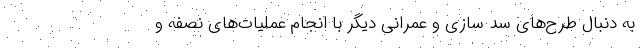
به دنبال طرح‌های سد سازی و عمرانی دیگر با انجام عملیات‌های نصفه و